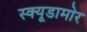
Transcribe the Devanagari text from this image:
स्क्यूडामोर